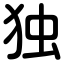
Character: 独